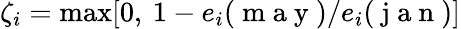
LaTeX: \zeta_{i}=\operatorname*{max}[0,\: 1-e_{i}(\mathrm{~m~a~y~})/e_{i}(\mathrm{~j~a~n~})]